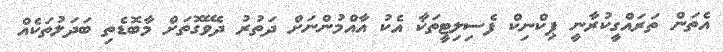
އެތަން ތަރައްގީކުރާނީ ޕިކްނިކް ފެސިލިޓީތަކާ އެކު އާއްމުންނަށް ދަތުރު ދެވޭގޮތަށް މާބޮޑެތި ބަދަލުތަކެއް